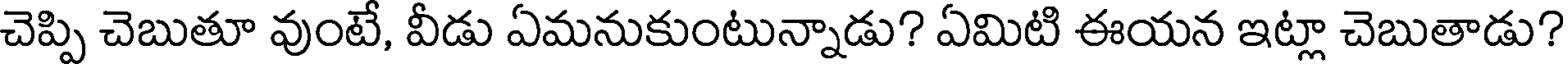
చెప్పి చెబుతూ వుంటే, వీడు ఏమనుకుంటున్నాడు? ఏమిటి ఈయన ఇట్లా చెబుతాడు?